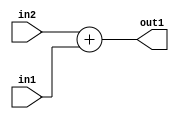
`timescale 1ps / 1ps
/*****************************************************************************
    Verilog RTL Description
    
    
    Created by: Stratus DpOpt 2019.1.01 
*******************************************************************************/

module st_weight_addr_gen_Add_32Ux16U_32U_4_5 (
	in2,
	in1,
	out1
	); /* architecture "behavioural" */ 
input [31:0] in2;
input [15:0] in1;
output [31:0] out1;
wire [31:0] asc001;

assign asc001 = 
	+(in2)
	+(in1);

assign out1 = asc001;
endmodule

/* CADENCE  ubP2Sgg= : u9/ySgnWtBlWxVPRXgAZ4Og= ** DO NOT EDIT THIS LINE ******/